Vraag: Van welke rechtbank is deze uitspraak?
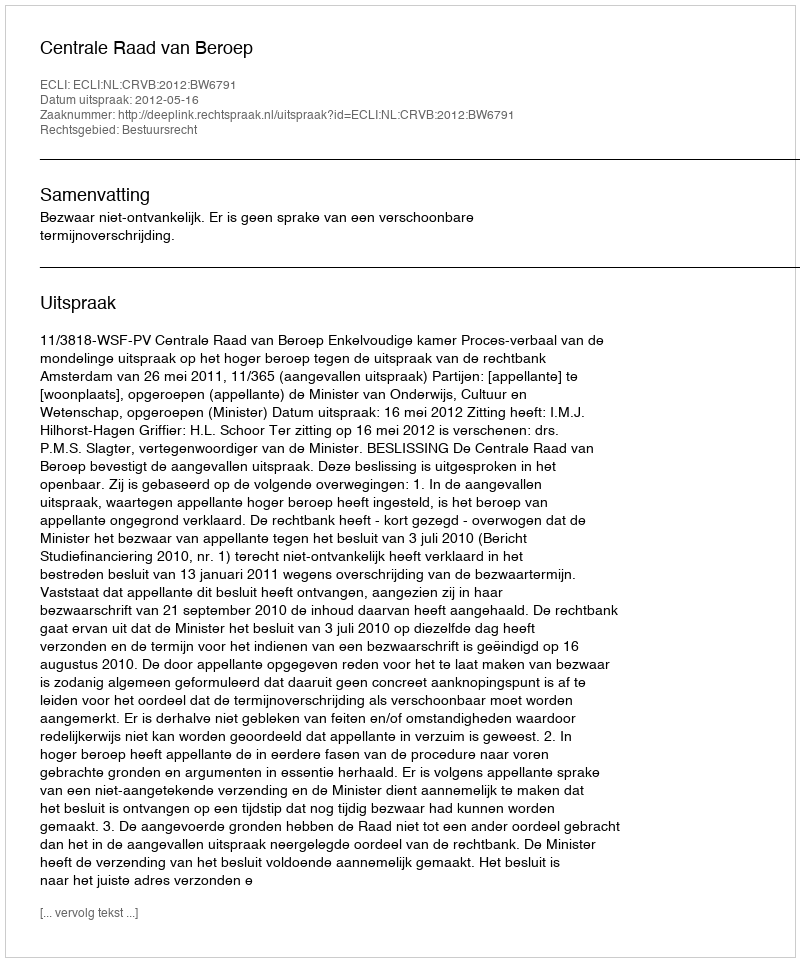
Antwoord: Centrale Raad van Beroep